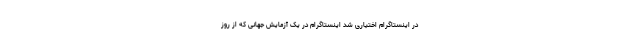
در اینستاگرام اختیاری شد اینستاگرام در یک آزمایش جهانی که از روز